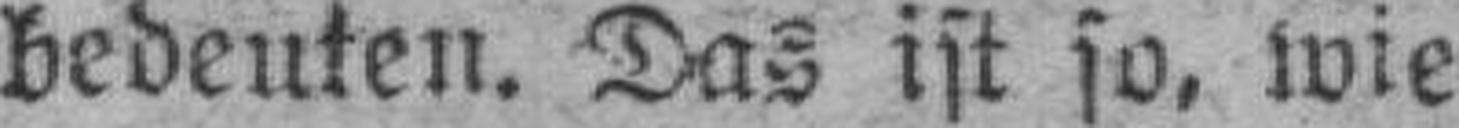
bedeuten. Das ist so, wie